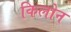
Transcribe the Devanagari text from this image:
किलोन